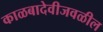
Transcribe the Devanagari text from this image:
काळबादेवीजवळील